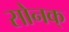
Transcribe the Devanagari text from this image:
सोनक्